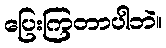
ပြေးကြတာပါဘဲ။